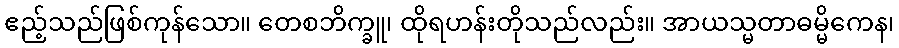
ဧည့်သည်ဖြစ်ကုန်သော။ တေစဘိက္ခူ၊ ထိုရဟန်းတိုသည်လည်း။ အာယသ္မတာဓမ္မိကေန၊